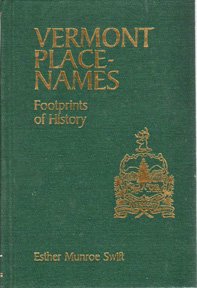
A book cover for Vermont Place Names: Footprints of History; Esther Munroe Swift; Travel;